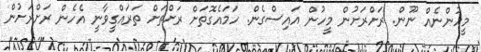
މީހުންނެއް ނޫން. ރަށްރަށުން މީހުން އައިސްގެން. ހަމައެގޮތަށް ރަށްތަށް ތަރައްގީވާނީ އެހެން ރަށްރަށުން